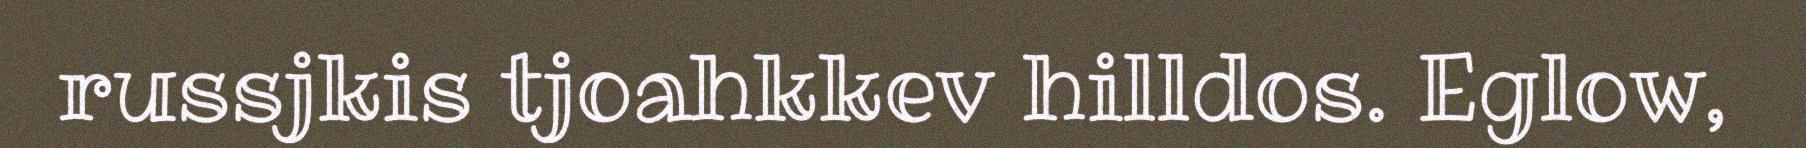
russjkis tjoahkkev hilldos. Eglow,